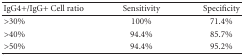
<table><thead><tr><td><b>IgG4+/IgG+ Cell ratio</b></td><td><b>Sensitivity</b></td><td><b>Specificity</b></td></tr></thead><tbody><tr><td>&gt;30%</td><td>100%</td><td>71.4%</td></tr><tr><td>&gt;40%</td><td>94.4%</td><td>85.7%</td></tr><tr><td>&gt;50%</td><td>94.4%</td><td>95.2%</td></tr></tbody></table>